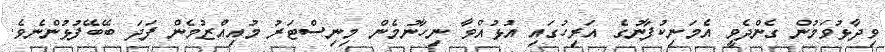
ވިދާޅުވަމުން ގެންދެވީ އެމަނިކުފާނުގެ އަރިހުގައި އުޅުއްވާ ނިހާނުމެން މިނިސްޓަރު މުއިއްޒުމެން ފަދަ ބޭބޭފުޅުންނެވެ.